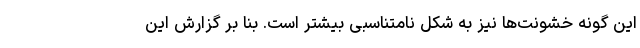
این گونه خشونت‌ها نیز به شکل نامتناسبی بیشتر است. بنا بر گزارش این